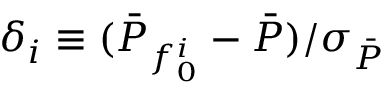
\delta _ { i } \equiv ( \bar { P } _ { f _ { 0 } ^ { i } } - \bar { P } ) / \sigma _ { \bar { P } }